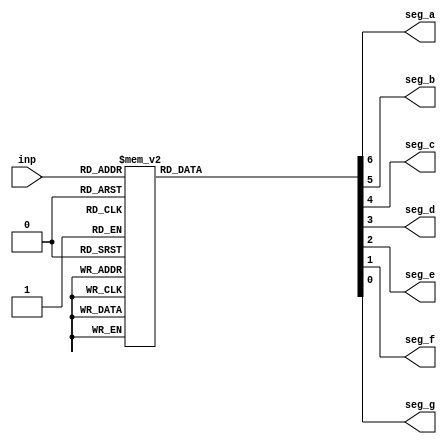
module seven_segment_cntrl(inp, seg_a, seg_b, seg_c, seg_d, seg_e,seg_f, seg_g);

input [3:0]inp;
output reg seg_a, seg_b, seg_c, seg_d,seg_e, seg_f, seg_g;

always @ *
begin
	case (inp)
		4'b0000: 	begin
					{seg_a,seg_b,seg_c,seg_d,seg_e,seg_f,seg_g} = 7'b1111110;
					end
		4'b0001: 	begin
					{seg_a,seg_b,seg_c,seg_d,seg_e,seg_f,seg_g} = 7'b0110000;
					end
		4'b0010: 	begin
					{seg_a,seg_b,seg_c,seg_d,seg_e,seg_f,seg_g} = 7'b1101101;
					end
		4'b0011: 	begin
					{seg_a,seg_b,seg_c,seg_d,seg_e,seg_f,seg_g} = 7'b1111001;
					end
		4'b0100: 	begin
					{seg_a,seg_b,seg_c,seg_d,seg_e,seg_f,seg_g} = 7'b0110011;
					end	
		4'b0101: 	begin
					{seg_a,seg_b,seg_c,seg_d,seg_e,seg_f,seg_g} = 7'b1011011;
					end
		4'b0110: 	begin
					{seg_a,seg_b,seg_c,seg_d,seg_e,seg_f,seg_g} = 7'b1011111;
					end
		4'b0111: 	begin
					{seg_a,seg_b,seg_c,seg_d,seg_e,seg_f,seg_g} = 7'b1110000;
					end		
		4'b1000: 	begin
					{seg_a,seg_b,seg_c,seg_d,seg_e,seg_f,seg_g} = 7'b1111111;
					end
		4'b1001: 	begin
					{seg_a,seg_b,seg_c,seg_d,seg_e,seg_f,seg_g} = 7'b1111011;
					end
		default: begin
					{seg_a,seg_b,seg_c,seg_d,seg_e,seg_f,seg_g} = 7'b1001111;
					end
	endcase
		
end

endmodule